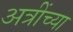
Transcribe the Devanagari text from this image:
अत्रींच्या